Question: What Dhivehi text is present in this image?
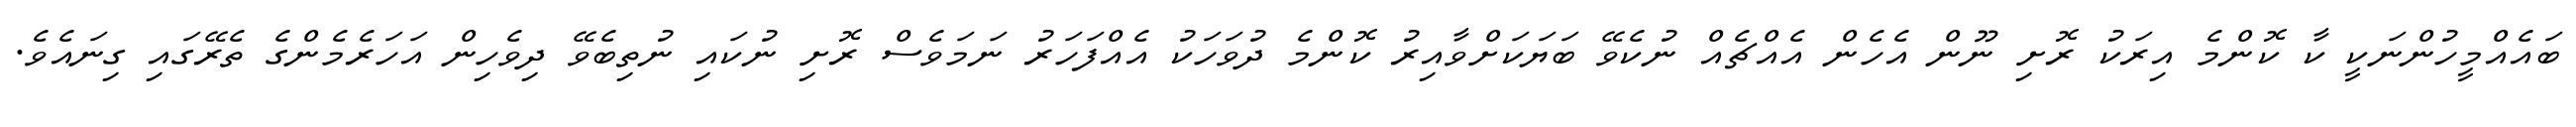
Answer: ބައެއްމީހުންނަކީ ކާ ކޮންމެ އިރަކު ރޮށި ނޫން އެހެން އެއްޗެއް ނުކެވޭ ބަޔަކަށްވާއިރު ކޮންމެ ދުވަހަކު އެއްފަހަރު ނަމަވެސް ރޮށި ނުކައި ނުތިބެވޭ ދިވެހިން އަހަރެމެންގެ ތެރޭގައި ގިނައެވެ.